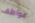
عواطف